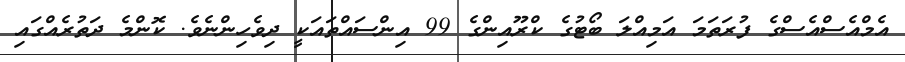
އެމްއެސްއެސްގެ ފުރަތަމަ އަމިއްލަ ބޯޓުގެ ކްރޫއިންގެ 99 އިންސައްތައަކީ ދިވެހިންނެވެ. ކޮންމެ ދަތުރެއްގައި